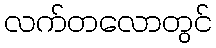
လက်တလောတွင်